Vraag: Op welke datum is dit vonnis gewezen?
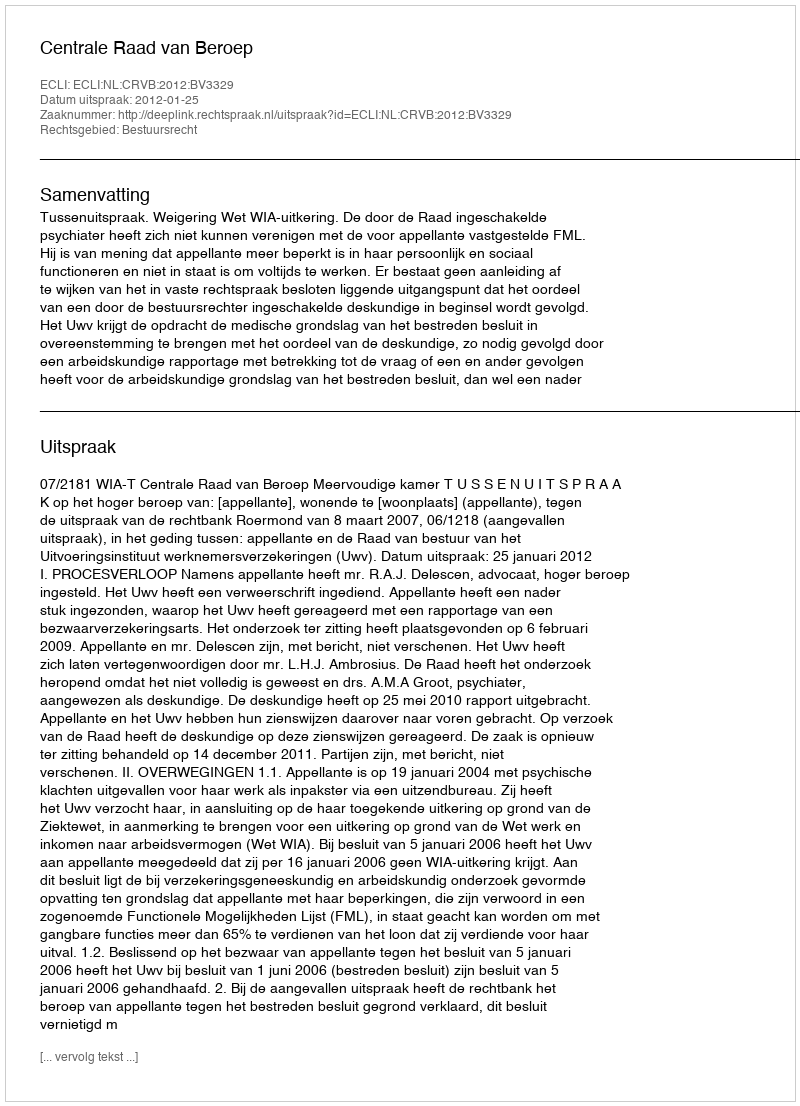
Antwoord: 2012-01-25